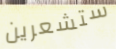
ستشعرين